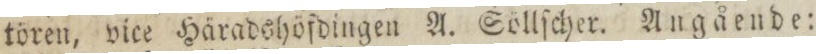
tören, vice Häradshöfdingen A. Söllſcher. Angående: